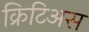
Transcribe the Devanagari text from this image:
क्रिटिअस